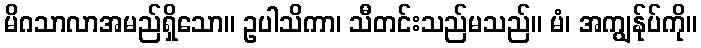
မိဂသာလာအမည်ရှိသော။ ဥပါသိကာ၊ သီတင်းသည်မသည်။ မံ၊ အကျွန်ုပ်ကို။